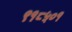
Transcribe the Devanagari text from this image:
९१८५०१